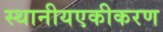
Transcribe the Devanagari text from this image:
स्थानीयएकीकरण